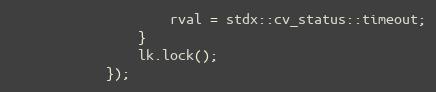
Language: C
                    rval = stdx::cv_status::timeout;
                }
                lk.lock();
            });